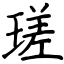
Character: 瑳